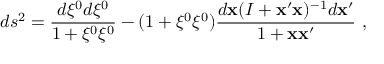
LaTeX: d s ^ { 2 } = \frac { d \xi ^ { 0 } d \xi ^ { 0 } } { 1 + \xi ^ { 0 } \xi ^ { 0 } } - ( 1 + \xi ^ { 0 } \xi ^ { 0 } ) \frac { d { \bf x } ( I + { \bf x } ^ { \prime } { \bf x } ) ^ { - 1 } d { \bf x } ^ { \prime } } { 1 + { \bf x } { \bf x } ^ { \prime } } ~ ,